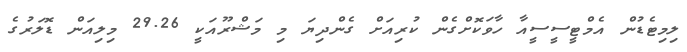
ލިމިޓެޑުން އެމްޓީސީސީއާ ހާވަކޮށްގެން ކުރިއަށް ގެންދިޔަ މި މަޝްރޫއަކީ 29.26 މިލިއަން ޑޮލަރުގެ